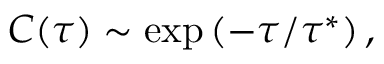
C ( \tau ) \sim \exp \left( - \tau / \tau ^ { * } \right) ,